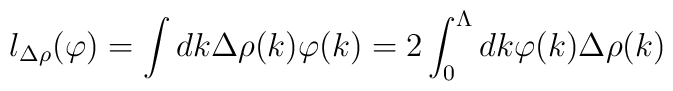
l_{\Delta \rho }(\varphi )=\int dk\Delta \rho (k)\varphi (k)=2\int ^{\Lambda }_{0}dk\varphi (k)\Delta \rho (k)